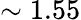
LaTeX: \sim 1.55